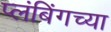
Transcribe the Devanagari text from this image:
प्लंबिंगच्या